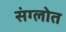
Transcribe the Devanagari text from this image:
संग्लोत